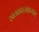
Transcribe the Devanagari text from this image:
खतकारखान्यात